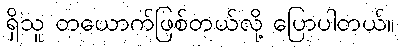
ရှိသူ တယောက်ဖြစ်တယ်လို့ ပြောပါတယ်။